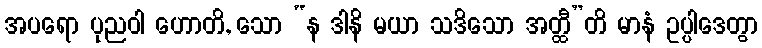
အပရော ပုညဝါ ဟောတိ, သော “န ဒါနိ မယာ သဒိသော အတ္ထီ”တိ မာနံ ဥပ္ပါဒေတွာ